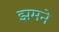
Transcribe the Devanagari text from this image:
झमने